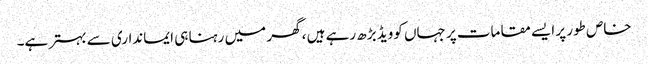
خاص طور پر ایسے مقامات پر جہاں کوویڈ بڑھ رہے ہیں ، گھر میں رہنا ہی ایمانداری سے بہتر ہے۔